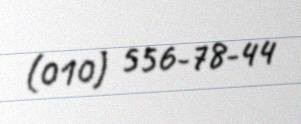
(010) 556-78-44